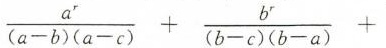
$￥\frac { a ^ { r } } { ( a - b ) ( a - c ) } + \frac { b ^ { r } } { ( b - c ) ( b - a ) } +